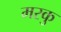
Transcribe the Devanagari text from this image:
मरकु